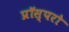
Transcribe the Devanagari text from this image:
प्रॉस्परो